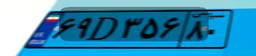
۶۹D۳۵۶۸۰